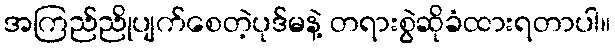
အကြည်ညိုပျက်စေတဲ့ပုဒ်မနဲ့ တရားစွဲဆိုခံထားရတာပါ။